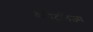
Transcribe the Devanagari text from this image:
कैपिटलिज़्म